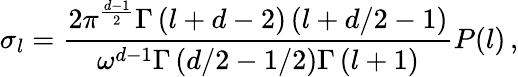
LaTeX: \sigma_{l}=\frac{2\pi^{\frac{d-1}{2}}\Gamma\left(l+d-2\right)\left(l+d/2-1\right)}{\omega^{d-1}\Gamma\left(d/2-1/2\right)\Gamma\left(l+1\right)}P(l)\, ,